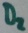
Text: D2